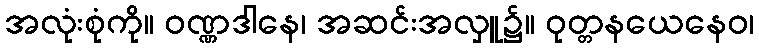
အလုံးစုံကို။ ဝဏ္ဏဒါနေ၊ အဆင်းအလှူ၌။ ဝုတ္တနယေနေဝ၊